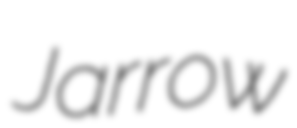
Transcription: Jarrow